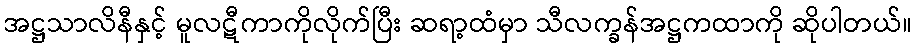
အဋ္ဌသာလိနီနှင့် မူလဋီကာကိုလိုက်ပြီး ဆရာ့ထံမှာ သီလက္ခန်အဋ္ဌကထာကို ဆိုပါတယ်။